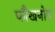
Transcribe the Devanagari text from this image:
प्लैखनोव